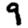
Digit: 9